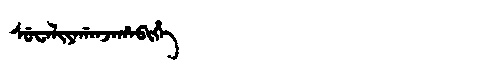
Manchu: ᠰᡠᠸᠠᠯᡳᠶᠠᡤᠠᠨᠵᠠᡥᠠᠪᡳᡥᡝ
Romanization: SUWALIYAGANJAHABIHE